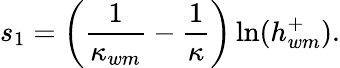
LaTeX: s_{1}=\left(\frac{1}{\kappa_{wm}}-\frac{1}{\kappa}\right)\ln(h_{wm}^{+}).